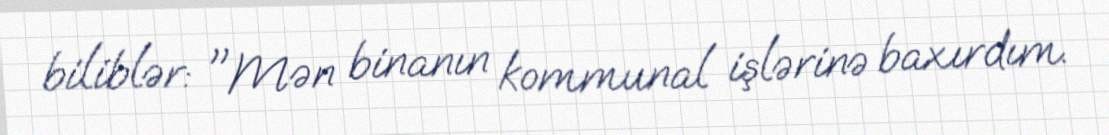
biliblər: "Mən binanın kommunal işlərinə baxırdım.